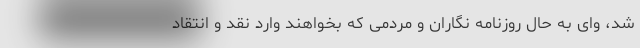
شد، وای به حال روزنامه نگاران و مردمی که بخواهند وارد نقد و انتقاد